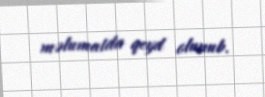
məlumatda qeyd olunub.